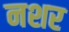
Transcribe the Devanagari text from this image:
नशर